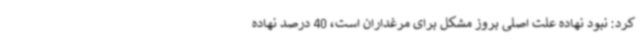
کرد: نبود نهاده علت اصلی بروز مشکل برای مرغداران است، 40 درصد نهاده